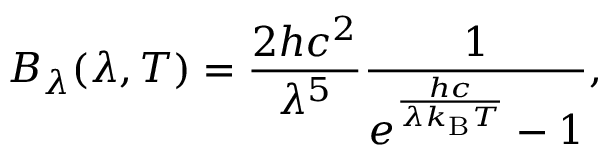
B _ { \lambda } ( \lambda , T ) = { \frac { 2 h c ^ { 2 } } { \lambda ^ { 5 } } } { \frac { 1 } { e ^ { \frac { h c } { \lambda k _ { \mathrm { B } } T } } - 1 } } ,